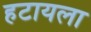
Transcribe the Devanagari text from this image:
हटायला